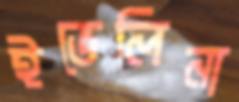
ইভেলিনা